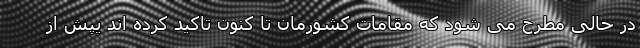
در حالی مطرح می شود که مقامات کشورمان تا کنون تاکید کرده اند یپش از